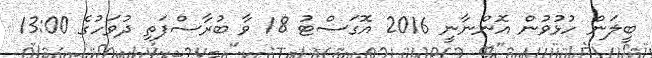
ބީލަން ހުޅުވުން އޮންނާނީ 2016 އޮގަސްޓު 18 ވާ ބުރާސްފަތި ދުވަހުގެ 13:00